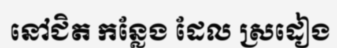
នៅជិត កន្លែង ដែល ស្រដៀង